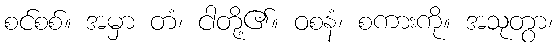
စင်စစ်။ အမှာ တံ၊ ငါတို့၏။ ဝစနံ၊ စကားကို။ အသုတွာ၊